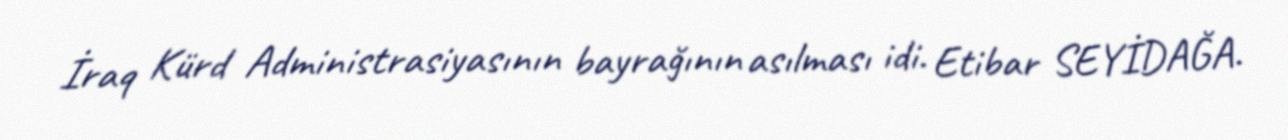
İraq Kürd Administrasiyasının bayrağının asılması idi. Etibar SEYİDAĞA.